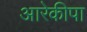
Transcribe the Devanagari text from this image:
आरेकीपा